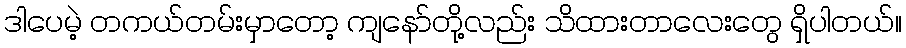
ဒါပေမဲ့ တကယ်တမ်းမှာတော့ ကျနော်တို့လည်း သိထားတာလေးတွေ ရှိပါတယ်။